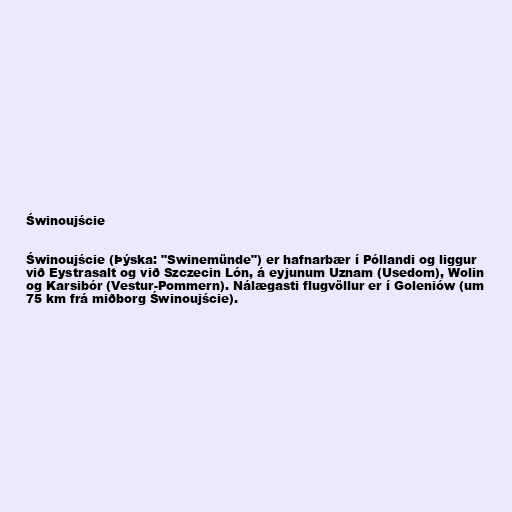
Świnoujście

Świnoujście (Þýska: "Swinemünde") er hafnarbær í Póllandi og liggur
við Eystrasalt og við Szczecin Lón, á eyjunum Uznam (Usedom), Wolin
og Karsibór (Vestur-Pommern). Nálægasti flugvöllur er í Goleniów (um
75 km frá miðborg Świnoujście).